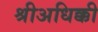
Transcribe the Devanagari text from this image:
श्रीअधिक्की